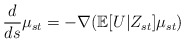
\begin{align*}\frac{d}{ds}\mu_{st}=-\nabla(\mathbb{E}[U|Z_{st}]\mu_{st})\end{align*}